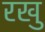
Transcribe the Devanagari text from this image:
रखु